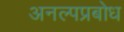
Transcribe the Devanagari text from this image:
अनल्पप्रबोध